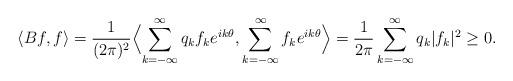
LaTeX: \begin{align*} \langle Bf,f\rangle =\frac{1}{(2\pi)^2} \Bigl\langle\sum_{k=-\infty}^\infty q_kf_ke^{ik\theta}, \sum_{k=-\infty}^\infty f_ke^{ik\theta}\Bigr\rangle =\frac{1}{2\pi}\sum_{k=-\infty}^\infty q_k|f_k|^2\geq 0. \end{align*}